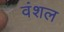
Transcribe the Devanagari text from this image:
वंशल